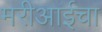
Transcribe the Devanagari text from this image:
मरीआईचा